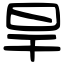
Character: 旱